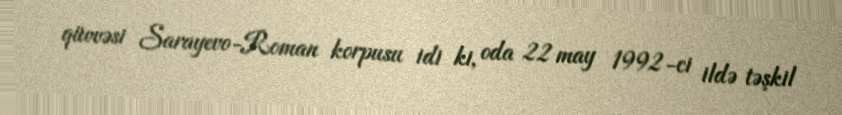
qüvvəsi Sarayevo-Roman korpusu idi ki, oda 22 may 1992-ci ildə təşkil